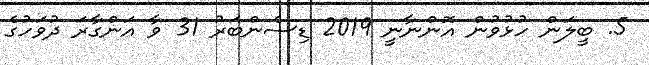
5. ބީލަން ހުޅުވުން އޮންނާނީ 2019 ޑިސެންބަރު 31 ވާ އަންގާރަ ދުވަހުގެ